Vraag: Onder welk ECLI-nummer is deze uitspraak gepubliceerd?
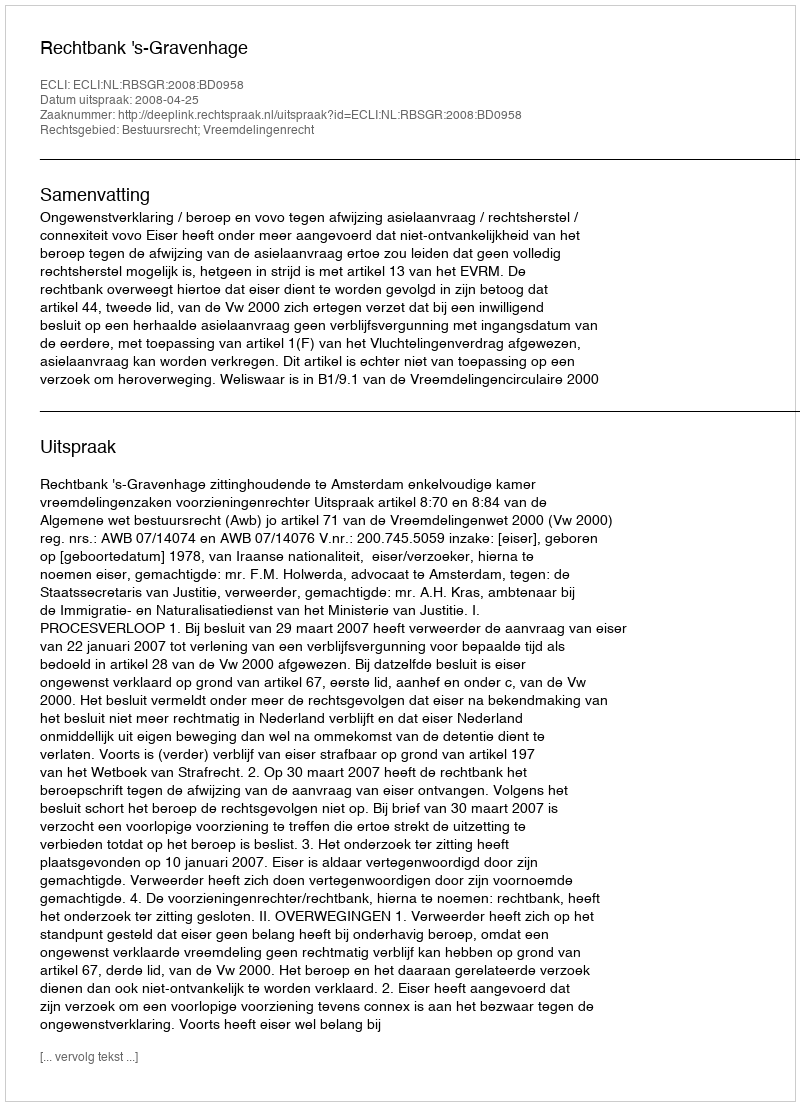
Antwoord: ECLI:NL:RBSGR:2008:BD0958